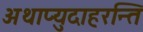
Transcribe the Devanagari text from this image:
अथाप्युदाहरन्ति